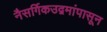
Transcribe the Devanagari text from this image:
नैसर्गिकउद्गमांपासून